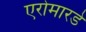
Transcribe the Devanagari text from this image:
एरोमारडे